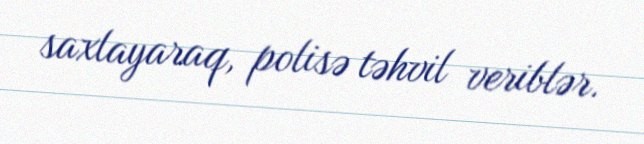
saxlayaraq, polisə təhvil veriblər.